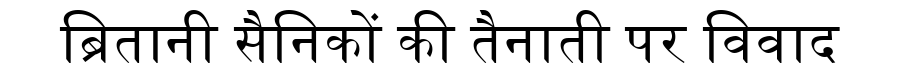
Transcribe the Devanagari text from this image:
ब्रितानी सैनिकों की तैनाती पर विवाद